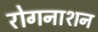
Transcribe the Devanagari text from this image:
रोगनाशन